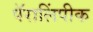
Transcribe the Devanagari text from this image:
पॅरालिंपीक